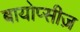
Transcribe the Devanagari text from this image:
बायोप्सीज़